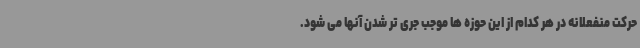
حرکت منفعلانه در هر کدام از این حوزه ها موجب جری تر شدن آنها می شود.